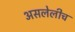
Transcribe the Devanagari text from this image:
असलेलीच